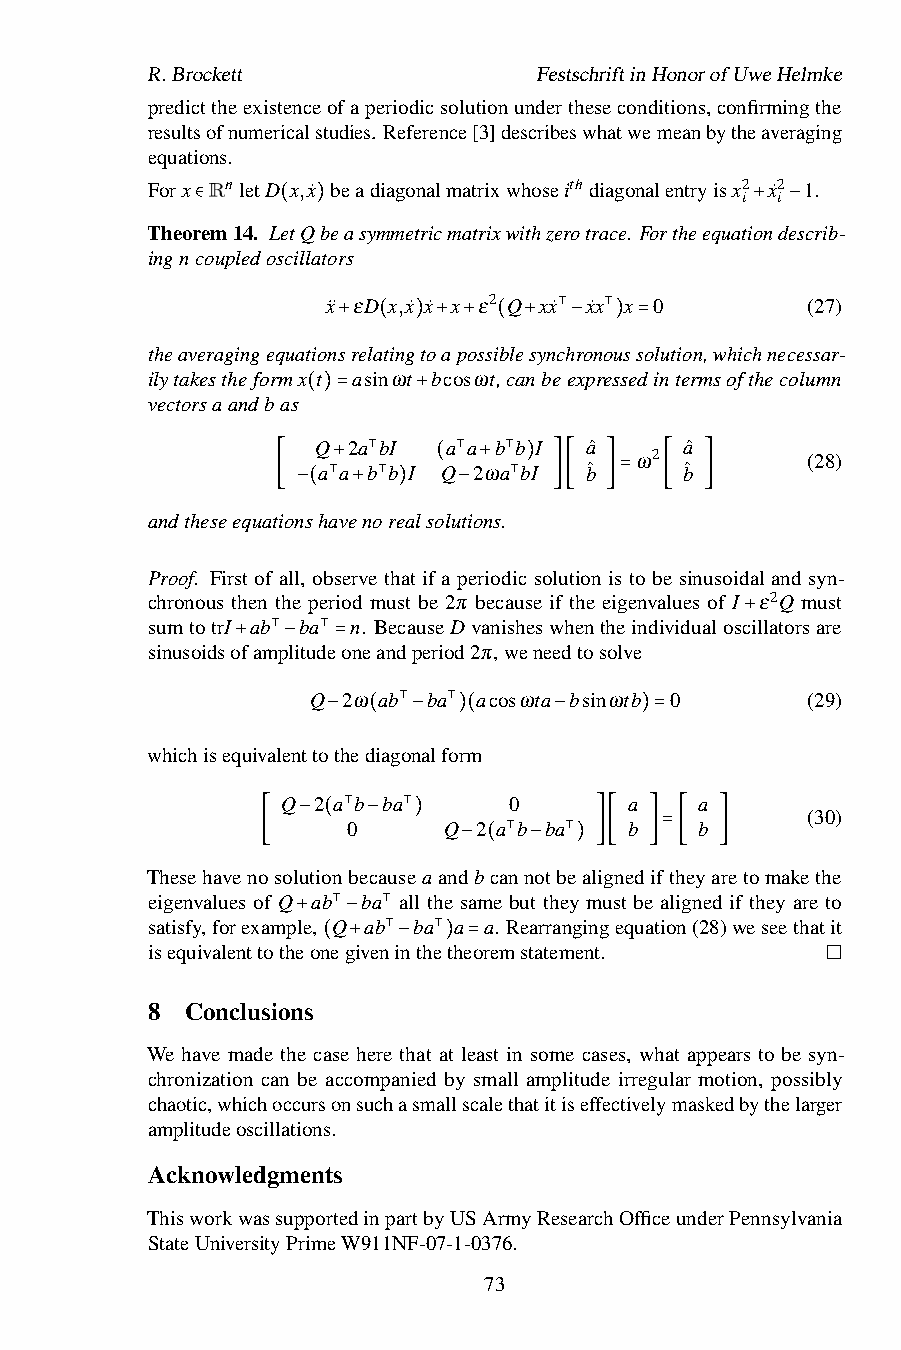
R.Brockett                FestschriftinHonorofUweHelmke
 predicttheexistenceofaperiodicsolutionundertheseconditions,confirmingthe
 resultsofnumericalstudies. Reference[3]describeswhatwemeanbytheaveraging
 equations.
 Forx RnletD x,x˙ beadiagonalmatrixwhoseithdiagonalentryisx2 x˙2 1.
 i i
 Theor∈em14. Le(tQ)beasymmetricmatrixwithzerotrace. Fortheequati+ond−escrib-
 ingncoupledoscillators
 x¨ εD x,x˙ x˙ x ε2 Q xx˙ x˙x x 0 (27)
 ⊺  ⊺
 theaveragingequations+rela(ting)to+ap+ossi(ble+synch−ronou)ss=olution,whichnecessar-
 ilytakestheformx t asinωt bcosωt,canbeexpressedintermsofthecolumn
 vectorsaandbas
 ( )=    +
 Q 2a bI a a b b I aˆ    aˆ
 ω2         (28)
 a a b
 ⊺
 b I Q
 ⊺
 2ωa ⊺bI bˆ    bˆ
 +      (  +  )
 [   ⊺  ⊺        ⊺  ][ ]=  [  ]
 andtheseequation−s(have+nore)alsolu−tions.
 Proof. First of all, observe that if a periodic solution is to be sinusoidal and syn-
 chronous then the period must be 2π because if the eigenvalues of I ε2Q must
 sumtotrI ab ba n. BecauseDvanisheswhentheindividualoscillatorsare
 sinusoidsofam⊺plitud⊺eoneandperiod2π,weneedtosolve +
 +  −  =
 Q  2ω ab ba acosωta bsinωtb 0    (29)
 ⊺   ⊺
 − (  −  )(     −    )=
 whichisequivalenttothediagonalform
 Q 2 a b ba     0       a   a
 (30)
 ⊺0  ⊺ Q 2 a b ba   b   b
 − ( −  )
 [               ⊺   ⊺ ][  ]=[  ]
 Thesehavenosolutionbecauseaand−b(cann−otbe)alignediftheyaretomakethe
 eigenvalues of Q ab ba all the same but they must be aligned if they are to
 satisfy,forexample, Q ⊺ ab ⊺ ba a a. Rearrangingequation(28)weseethatit
 isequivalenttothe+oneg−iven⊺inthe⊺theoremstatement.
 ( +  −  ) =
 8 Conclusions
 We have made the case here that at least in some cases, what appears to be syn-
 chronization can be accompanied by small amplitude irregular motion, possibly
 chaotic,whichoccursonsuchasmallscalethatitiseffectivelymaskedbythelarger
 amplitudeoscillations.
 Acknowledgments
 ThisworkwassupportedinpartbyUSArmyResearchOfficeunderPennsylvania
 StateUniversityPrimeW911NF-07-1-0376.
 73